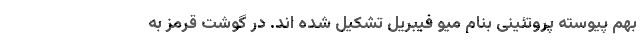
بهم پیوسته پروتئینی بنام میو فیبریل تشکیل شده اند. در گوشت قرمز به